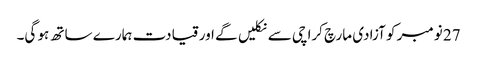
27 نومبر کو آزادی مارچ کراچی سے نکلیں گے اور قیادت ہمارے ساتھ ہو گی۔